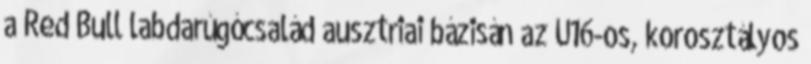
a Red Bull labdarúgócsalád ausztriai bázisán az U16-os, korosztályos